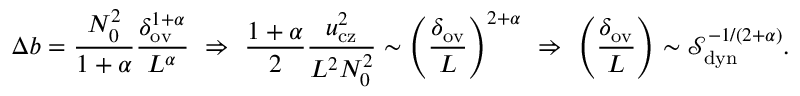
\Delta b = \frac { N _ { 0 } ^ { 2 } } { 1 + \alpha } \frac { \delta _ { \mathrm { o v } } ^ { 1 + \alpha } } { L ^ { \alpha } } \, \, \Rightarrow \, \, \frac { 1 + \alpha } { 2 } \frac { u _ { \mathrm { c z } } ^ { 2 } } { L ^ { 2 } N _ { 0 } ^ { 2 } } \sim \left( \frac { \delta _ { \mathrm { o v } } } { L } \right) ^ { 2 + \alpha } \, \, \Rightarrow \, \, \left( \frac { \delta _ { \mathrm { o v } } } { L } \right) \sim \ensuremath { \mathcal { S } } _ { \mathrm { d y n } } ^ { - 1 / ( 2 + \alpha ) } .